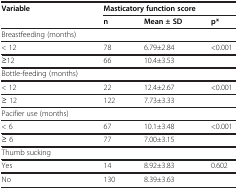
<table><thead><tr><td><b>Variable</b></td><td colspan="3"><b>Masticatory function score</b></td></tr><tr><td><b> </b></td><td><b>n</b></td><td><b>Mean ± SD</b></td><td><b>p*</b></td></tr></thead><tbody><tr><td>Breastfeeding (months)</td><td> </td><td> </td><td> </td></tr><tr><td>&lt; 12</td><td>78</td><td>6.79±2.84</td><td>&lt;0.001</td></tr><tr><td>≥12</td><td>66</td><td>10.4±3.53</td><td> </td></tr><tr><td>Bottle-feeding (months)</td><td> </td><td> </td><td> </td></tr><tr><td>&lt; 12</td><td>22</td><td>12.4±2.67</td><td>&lt;0.001</td></tr><tr><td>≥ 12</td><td>122</td><td>7.73±3.33</td><td> </td></tr><tr><td>Pacifier use (months)</td><td> </td><td> </td><td> </td></tr><tr><td>&lt; 6</td><td>67</td><td>10.1±3.48</td><td>&lt;0.001</td></tr><tr><td>≥ 6</td><td>77</td><td>7.00±3.15</td><td> </td></tr><tr><td>Thumb sucking</td><td> </td><td> </td><td> </td></tr><tr><td>Yes</td><td>14</td><td>8.92±3.83</td><td>0.602</td></tr><tr><td>No</td><td>130</td><td>8.39±3.63</td><td> </td></tr></tbody></table>